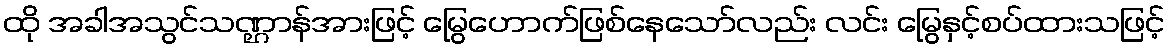
ထို အခါအသွင်သဏ္ဌာန်အားဖြင့် မြွေဟောက်ဖြစ်နေသော်လည်း လင်း မြွေနှင့်စပ်ထားသဖြင့်